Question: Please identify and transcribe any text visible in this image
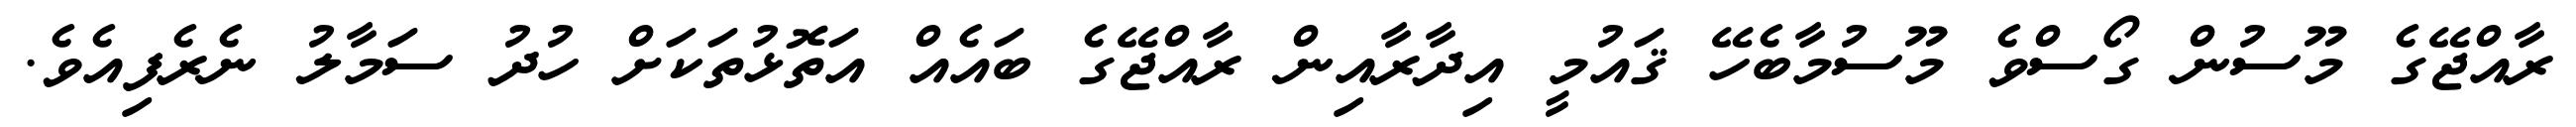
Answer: ރާއްޖޭގެ މޫސުން ގޯސްވެ މޫސުމާބެހޭ ޤައުމީ އިދާރާއިން ރާއްޖޭގެ ބައެއް އަތޮޅުތަކަށް ހުދު ސަމާލު ނެރެފިއެވެ.